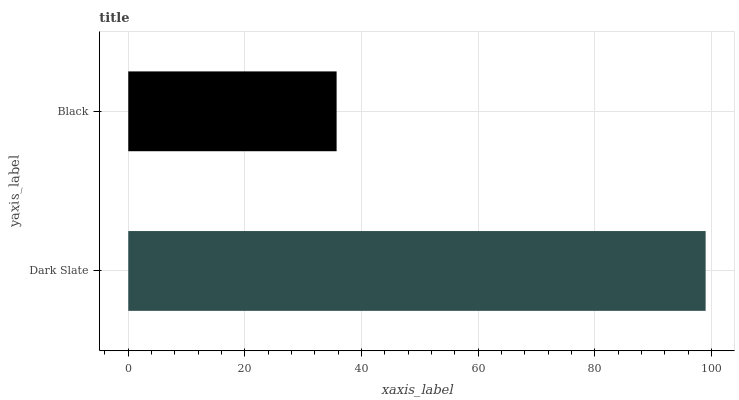
| yaxis_label | bars |
 | --- | --- |
 | Dark Slate | 99 |
 | Black | 35.7 |